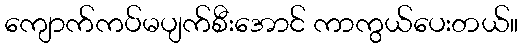
ကျောက်ကပ်မပျက်စီးအောင် ကာကွယ်ပေးတယ်။